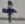
Text: +